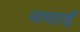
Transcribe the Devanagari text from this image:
बधाईं